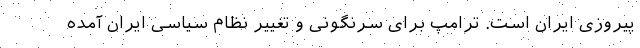
پیروزی ایران است. ترامپ برای سرنگونی و تغییر نظام سیاسی ایران آمده